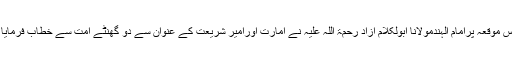
اس موقعہ پرامام الہندمولانا ابولکلام آزاد رحمۃ اللہ علیہ نے امارت اورامیر شریعت کے عنوان سے دو گھنٹے امت سے خطاب فرمایا ۔